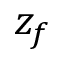
z _ { f }